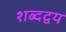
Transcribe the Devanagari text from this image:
शब्दद्वय